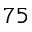
7 5